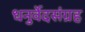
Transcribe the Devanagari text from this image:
धनुर्वेदसंग्रह